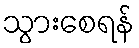
သွားစေရန်